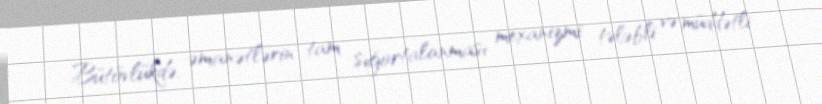
Bütövlükdə, əmanətlərin tam sığortalanması mexanizmi tələbli və müddətli